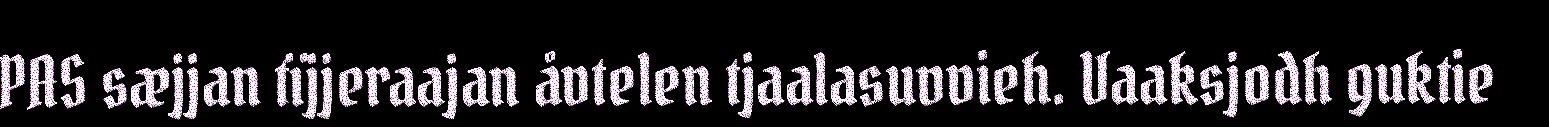
PAS sæjjan tïjjeraajan åvtelen tjaalasuvvieh. Vaaksjodh guktie